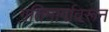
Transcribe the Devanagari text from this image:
गतिमार्गावरून